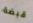
قبضة